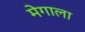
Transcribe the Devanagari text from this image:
मेगाला